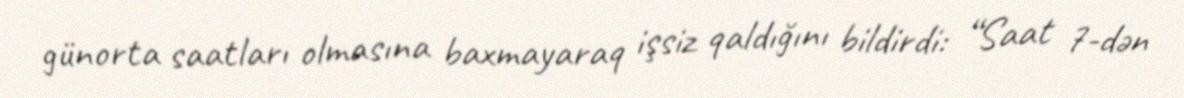
günorta saatları olmasına baxmayaraq işsiz qaldığını bildirdi: “Saat 7-dən